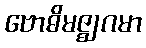
ဗောဓိမဇ္ဈဂမာ